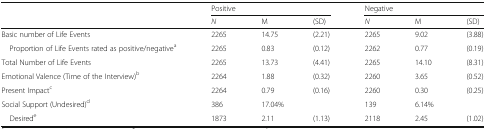
<table><thead><tr><td rowspan="2"></td><td colspan="3"><b>Positive</b></td><td colspan="3"><b>Negative</b></td></tr><tr><td><b><i>N</i></b></td><td><b>M</b></td><td><b>(SD)</b></td><td><b><i>N</i></b></td><td><b>M</b></td><td><b>(SD)</b></td></tr></thead><tbody><tr><td>Basic number of Life Events</td><td>2265</td><td>14.75</td><td>(2.21)</td><td>2265</td><td>9.02</td><td>(3.88)</td></tr><tr><td> Proportion of Life Events rated as positive/negative<sup>a</sup></td><td>2265</td><td>0.83</td><td>(0.12)</td><td>2262</td><td>0.77</td><td>(0.19)</td></tr><tr><td>Total Number of Life Events</td><td>2265</td><td>13.73</td><td>(4.41)</td><td>2265</td><td>14.10</td><td>(8.31)</td></tr><tr><td>Emotional Valence (Time of the Interview)<sup>b</sup></td><td>2264</td><td>1.88</td><td>(0.32)</td><td>2260</td><td>3.65</td><td>(0.52)</td></tr><tr><td>Present Impact<sup>c</sup></td><td>2264</td><td>0.79</td><td>(0.16)</td><td>2260</td><td>0.30</td><td>(0.25)</td></tr><tr><td>Social Support (Undesired)<sup>d</sup></td><td>386</td><td colspan="2">17.04%</td><td>139</td><td colspan="2">6.14%</td></tr><tr><td> Desired<sup>e</sup></td><td>1873</td><td>2.11</td><td>(1.13)</td><td>2118</td><td>2.45</td><td>(1.02)</td></tr></tbody></table>